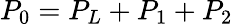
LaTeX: P_{0}=P_{L}+P_{1}+P_{2}